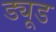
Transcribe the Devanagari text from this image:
ड्यूड